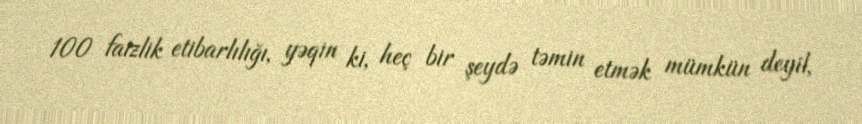
100 faizlik etibarlılığı, yəqin ki, heç bir şeydə təmin etmək mümkün deyil,